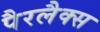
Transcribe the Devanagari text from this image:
पैरलैक्स